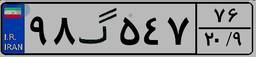
۹۸گ۵۴۷۷۶